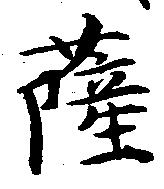
薩